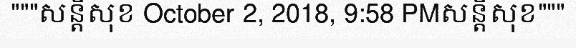
"""សន្តិសុខ October 2, 2018, 9:58 PMសន្តិសុខ"""